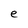
Character: e